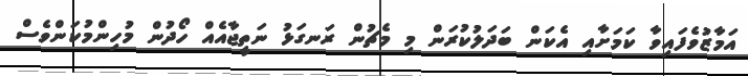
އަމާޒުވެފައިވާ ކަމަށާއި އެކަން ބަދަލުކުރަން މި މެޗުން ރަނގަޅު ނަތީޖާއެއް ހޯދުން މުހިންމުކަންވެސް